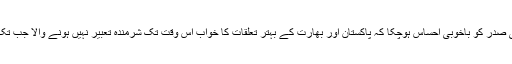
بادی النظر میں یہ کہا جاسکتا کہ امریکی صدر کو باخوبی احساس ہوچکا کہ پاکستان اور بھارت کے بہتر تعلقات کا خواب اس وقت تک شرمندہ تعبیر نہیں ہونے والا جب تک اس دیرینہ تنازعہ کو حل نہیں کیا جاتا۔